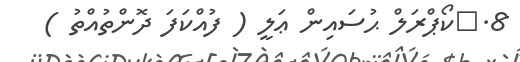
8.	ކޯޕްރަލް ޙުސައިން ޢަލީ ( ފުއްކަފަ ދޮންތުއްތު )